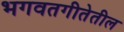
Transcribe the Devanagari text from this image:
भगवतगीतेतील